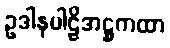
ဥဒါနပါဠိအဋ္ဌကထာ